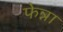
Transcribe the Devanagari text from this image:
फेन्ना